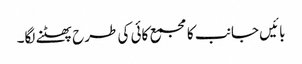
بائیں جانب کا مجمع کائی کی طرح پھٹنے لگا۔